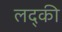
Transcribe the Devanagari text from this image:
लद्की